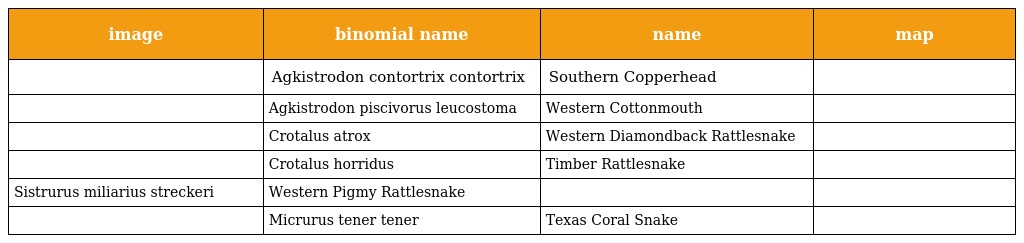
| image | binomial name | name | map |
 | --- | --- | --- | --- |
 |  | Agkistrodon contortrix contortrix | Southern Copperhead |  |
 |  | Agkistrodon piscivorus leucostoma | Western Cottonmouth |  |
 |  | Crotalus atrox | Western Diamondback Rattlesnake |  |
 |  | Crotalus horridus | Timber Rattlesnake |  |
 | Sistrurus miliarius streckeri | Western Pigmy Rattlesnake |  |  |
 |  | Micrurus tener tener | Texas Coral Snake |  |